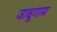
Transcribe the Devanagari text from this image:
जाबूगाम